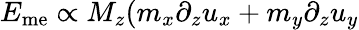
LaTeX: E_{\mathrm{me}}\propto M_{z}(m_{x}\partial_{z}u_{x}+m_{y}\partial_{z}u_{y}